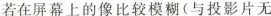
若在屏幕上的像比较模糊(与投影片无